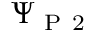
\Psi _ { \mathrm { ~ P ~ 2 ~ } }